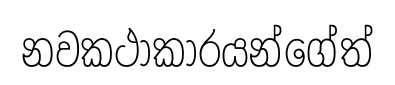
නවකථාකාරයන්ගේත්